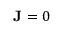
\mathbf { J } = 0